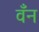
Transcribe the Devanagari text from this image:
वँन